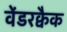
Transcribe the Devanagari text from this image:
वेंडरक्वैक